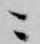
ニ